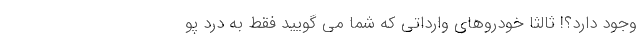
وجود دارد؟! ثالثاً خودروهای وارداتی که شما می گویید فقط به درد پو